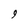
Character: 9